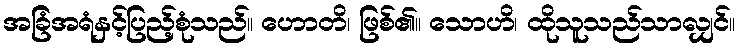
အခြံအရံနှင့်ပြည့်စုံသည်။ ဟောတိ၊ ဖြစ်၏။ သောဟိ၊ ထိုသူသည်သာလျှင်။